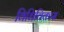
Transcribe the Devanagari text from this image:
विधिविकास